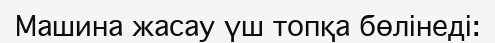
Машина жасау үш топқа бөлінеді: